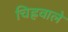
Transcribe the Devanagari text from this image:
चिह्रवाले